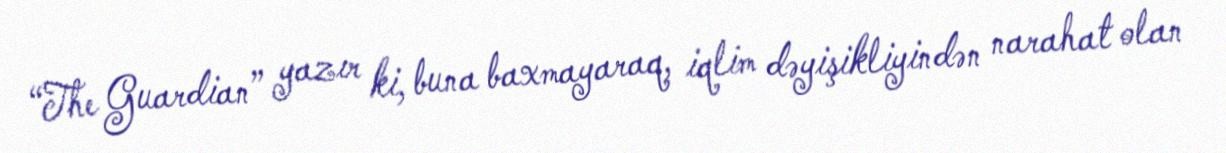
“The Guardian” yazır ki, buna baxmayaraq, iqlim dəyişikliyindən narahat olan